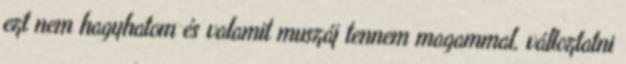
ezt nem hagyhatom és valamit muszáj tennem magammal, változtatni